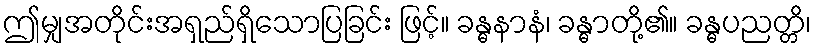
ဤမျှအတိုင်းအရှည်ရှိသောပြခြင်း ဖြင့်။ ခန္ဓနာနံ၊ ခန္ဓာတို့၏။ ခန္ဓပညတ္တိ၊